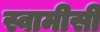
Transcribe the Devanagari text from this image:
स्वामीसी